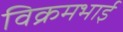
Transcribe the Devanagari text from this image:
विक्रमभाई